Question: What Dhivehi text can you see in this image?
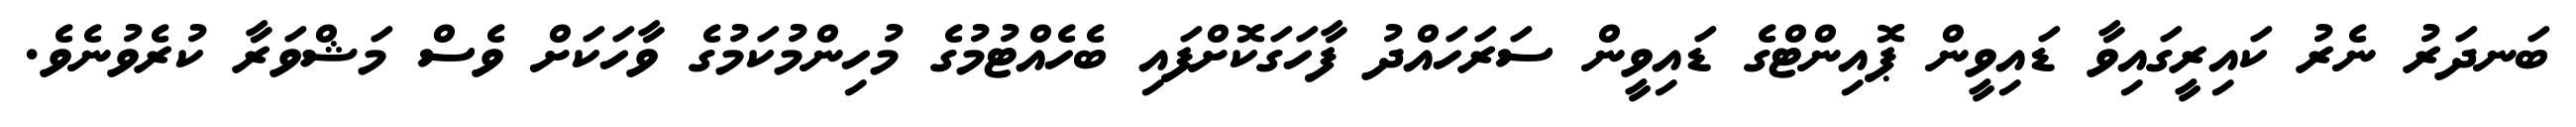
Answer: ބަނދަރު ނެރު ކައިރީގައިވާ ޑައިވީން ޕޮއިންޓްގެ ޑައިވީން ސަރަހައްދު ފާހަގަކޮށްފައި ބެހެއްޓުމުގެ މުހިންމުކަމުގެ ވާހަކަށް ވެސް މަޝްވަރާ ކުރެވުނެވެ.